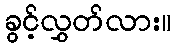
ခွင့်လွှတ်လား။